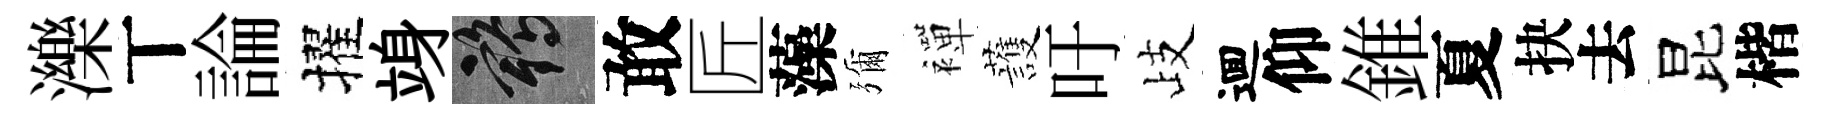
濼丅論擢竧鶴敢匠藻彌襌䕶吁歧逥仰錐夏抉去昆楷